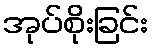
အုပ်စိုးခြင်း